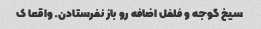
سیخ گوجه و فلفل اضافه رو باز نفرستادن. واقعا ک